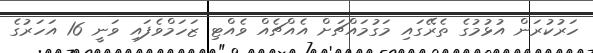
ހަރުކުރަން އުޅުމުގެ ތެރޭގައި މަގުމައްޗަށް އެއްޗެއް ވެއްޓި ޒަހަމްވެފައި ވަނީ 16 އަހަރުގެ